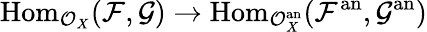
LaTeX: {\mathrm{Hom}}_{{\mathcal{O}}_{X}}({\mathcal{F}},{\mathcal{G}})\rightarrow{\mathrm{Hom}}_{{\mathcal{O}}_{X}^{\mathrm{an}}}({\mathcal{F}}^{\mathrm{an}},{\mathcal{G}}^{\mathrm{an}})